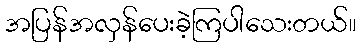
အပြန်အလှန်ပေးခဲ့ကြပါသေးတယ်။